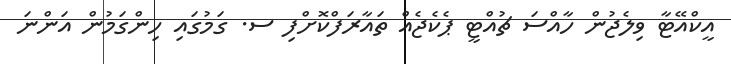
އީކްއޭޓާ ވިލެޖުން ހާއްސަ ޗުއްޓީ ޕެކެޖެއް ތައާރަފްކޮށްފި ސ. ގަމުގައި ހިންގަމުން އަންނަ